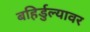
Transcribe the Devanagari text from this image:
बहिर्डुल्यावर